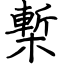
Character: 槧